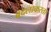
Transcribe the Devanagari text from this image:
बदलाकरता